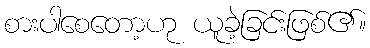
စားပါစေတော့ဟု ယူခဲ့ခြင်းဖြစ်၏။